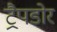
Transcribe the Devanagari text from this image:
ट्रैपडोर